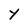
Character: Y